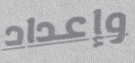
وإعداد